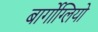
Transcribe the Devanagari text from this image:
बार्गोग्लियो